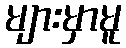
များမှာမူ